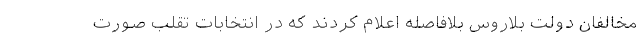
مخالفان دولت بلاروس بلافاصله اعلام کردند که در انتخابات تقلب صورت